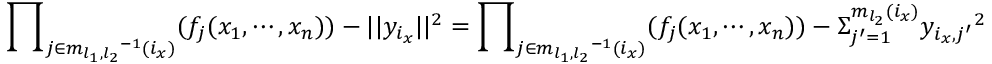
{ \prod } _ { j \in { m _ { l _ { 1 } , l _ { 2 } } } ^ { - 1 } ( i _ { x } ) } ( f _ { j } ( x _ { 1 } , \cdots , x _ { n } ) ) - | | y _ { i _ { x } } | | ^ { 2 } = { \prod } _ { j \in { m _ { l _ { 1 } , l _ { 2 } } } ^ { - 1 } ( i _ { x } ) } ( f _ { j } ( x _ { 1 } , \cdots , x _ { n } ) ) - { \Sigma } _ { j ^ { \prime } = 1 } ^ { m _ { l _ { 2 } } ( i _ { x } ) } { y _ { i _ { x } , j ^ { \prime } } } ^ { 2 }